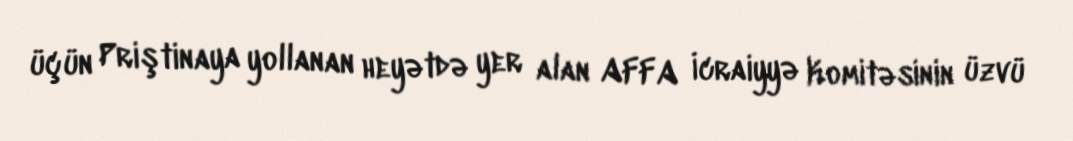
üçün Priştinaya yollanan heyətdə yer alan AFFA İcraiyyə Komitəsinin üzvü